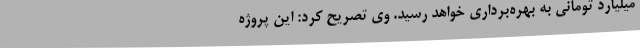
میلیارد تومانی به بهره‌برداری خواهد رسید. وی تصریح کرد: این پروژه